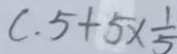
c . 5 + 5 \times \frac { 1 } { 5 }